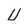
Character: U